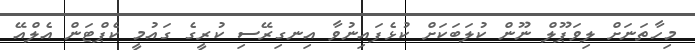
މިހާތަނަށް ލިވަޕޫލް ނޫން ކުލަބަކަށް ކުޅެފައިނުވާ އިނގިރޭސި ކުރީގެ ގައުމީ ކެޕްޓަން އެލްއޭ